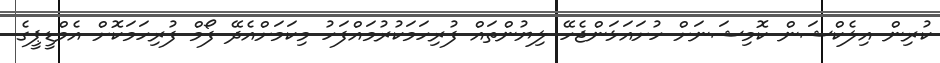
ކުރިން އިލެކްޝަން ކޮމިޝަނަށް ހުށައަޅަންޖެހޭ ލިޔުންތައް ފުރިހަމަކުރުމައްފަހު މިކަމަށްއެދޭ ފޯމް ފުރިހަމަކޮށް އެމްޑީޕީގެ